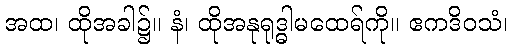
အထ၊ ထိုအခါ၌။ နံ၊ ထိုအနုရုဒ္ဓါမထေရ်ကို။ ဧကဒိဝသံ၊